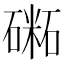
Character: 𥕝